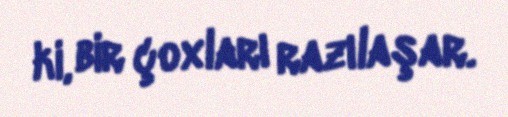
ki, bir çoxları razılaşar.